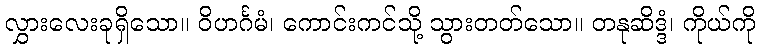
လွှားလေးခုရှိသော။ ဝိဟင်္ဂမံ၊ ကောင်းကင်သို့ သွားတတ်သော။ တနုဆိဒ္ဒံ၊ ကိုယ်ကို